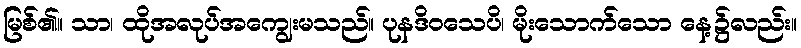
မြစ်၏။ သာ၊ ထိုအလုပ်အကျွေးမသည်။ ပုနဒိဝသေပိ၊ မိုးသောက်သော နေ့၌လည်း။